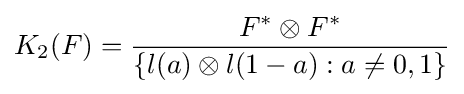
K_{2}(F)={\frac {F^{*}\otimes F^{*}}{\{l(a)\otimes l(1-a):a\neq 0,1\}}}